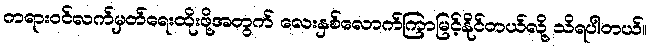
တရားဝင်လက်မှတ်ရေးထိုးဖို့အတွက် လေးနှစ်လောက်ကြာမြင့်နိုင်တယ်လို့ သိရပါတယ်။